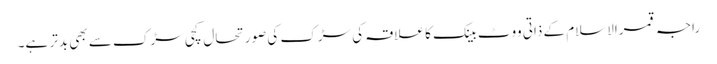
راجہ قمرالاسلام کے ذاتی ووٹ بینک کا علاقہ کی سڑک کی صورتحال کچی سڑک سے بھی بدتر ہے۔